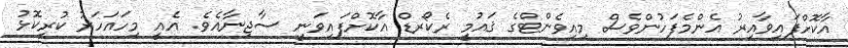
އާކޮށްފައިވާއިރު އެންމެފަހުންވެސް މިއިވެންޓްގެ ޤައުމީ ރެކޯރޑް އާކޮށްފައިވަނީ ސާޖިނާއެވެ. އެއީ މިހައަހަރު ކުރީކޮޅު